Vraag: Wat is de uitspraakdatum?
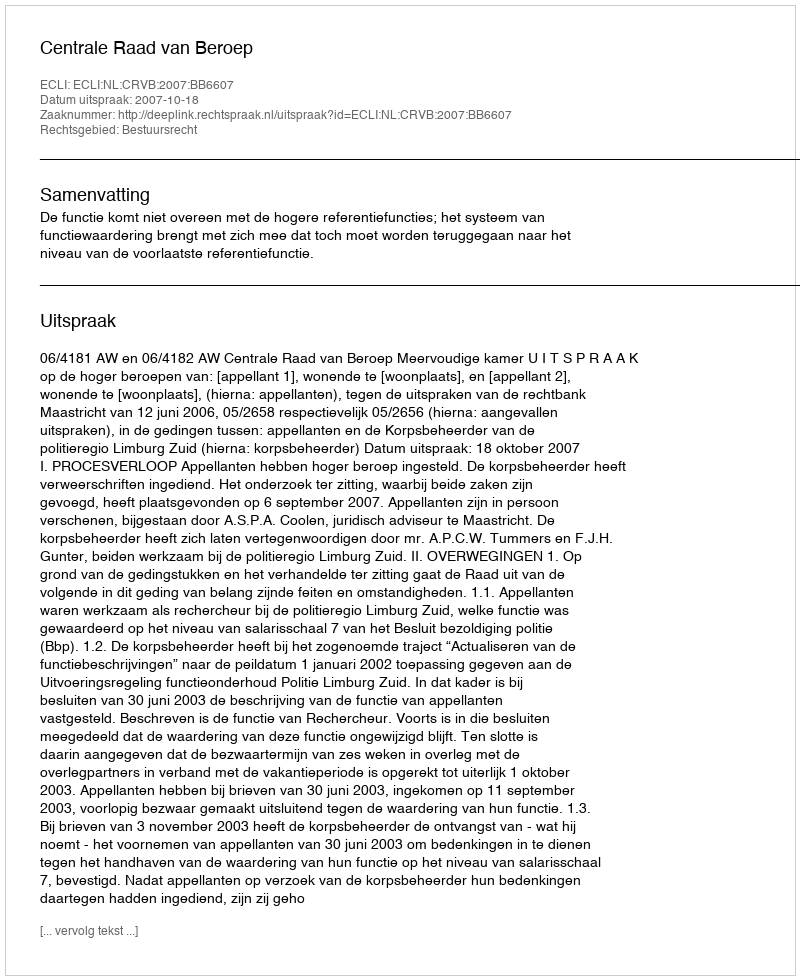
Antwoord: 2007-10-18